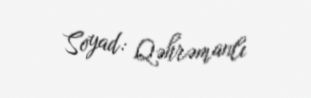
Soyad: Qəhrəmanlı